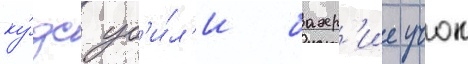
ку́дс уб'и́л'и бахр'ие учок